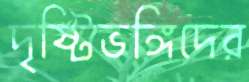
দৃষ্টিভঙ্গিদের